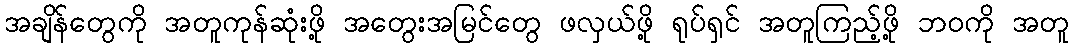
အချိန်တွေကို အတူကုန်ဆုံးဖို့ အတွေးအမြင်တွေ ဖလှယ်ဖို့ ရုပ်ရှင် အတူကြည့်ဖို့ ဘဝကို အတူ